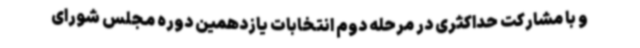
و با مشارکت حداکثری در مرحله دوم انتخابات یازدهمین دوره مجلس شورای